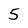
Character: 5